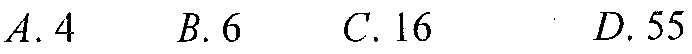
\(A.4\qquad B.6\qquad C.16\qquad D.55\)